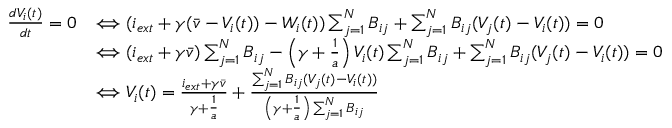
\begin{array} { r l } { \frac { d V _ { i } ( t ) } { d t } = 0 } & { \Longleftrightarrow ( i _ { e x t } + \gamma ( \bar { v } - V _ { i } ( t ) ) - W _ { i } ( t ) ) \sum _ { j = 1 } ^ { N } B _ { i j } + \sum _ { j = 1 } ^ { N } B _ { i j } ( V _ { j } ( t ) - V _ { i } ( t ) ) = 0 } \\ & { \Longleftrightarrow ( i _ { e x t } + \gamma \bar { v } ) \sum _ { j = 1 } ^ { N } B _ { i j } - \left( \gamma + \frac { 1 } { a } \right) V _ { i } ( t ) \sum _ { j = 1 } ^ { N } B _ { i j } + \sum _ { j = 1 } ^ { N } B _ { i j } ( V _ { j } ( t ) - V _ { i } ( t ) ) = 0 } \\ & { \Longleftrightarrow V _ { i } ( t ) = \frac { i _ { e x t } + \gamma \bar { v } } { \gamma + \frac { 1 } { a } } + \frac { \sum _ { j = 1 } ^ { N } B _ { i j } ( V _ { j } ( t ) - V _ { i } ( t ) ) } { \left( \gamma + \frac { 1 } { a } \right) \sum _ { j = 1 } ^ { N } B _ { i j } } } \end{array}